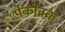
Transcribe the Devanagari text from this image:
पेकोक्क